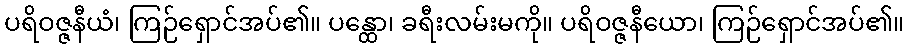
ပရိဝဇ္ဇနီယံ၊ ကြဉ်ရှောင်အပ်၏။ ပန္ထော၊ ခရီးလမ်းမကို။ ပရိဝဇ္ဇနီယော၊ ကြဉ်ရှောင်အပ်၏။